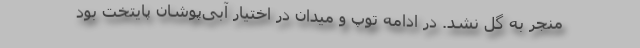
منجر به گل نشد. در ادامه توپ و میدان در اختیار آبی‌پوشان پایتخت بود